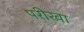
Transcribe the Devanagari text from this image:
परीखा